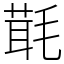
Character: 㲨